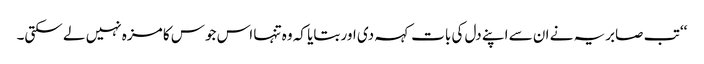
‘‘ تب صابریہ نے ان سے اپنے دل کی بات کہہ دی اور بتایا کہ وہ تنہا اس جوس کا مزہ نہیں لے سکتی۔